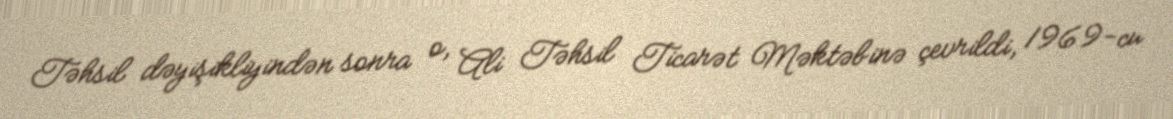
Təhsil dəyişikliyindən sonra o, Ali Təhsil Ticarət Məktəbinə çevrildi, 1969-cu